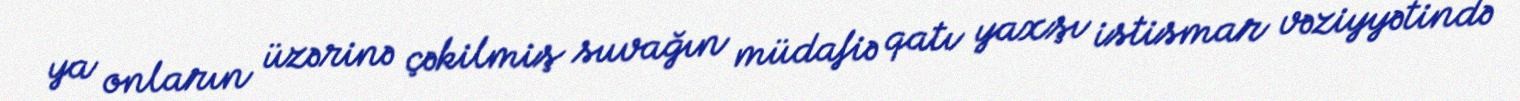
ya onların üzərinə çəkilmiş suvağın müdafiə qatı yaxşı istismar vəziyyətində